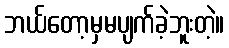
ဘယ်တော့မှမပျက်ခဲ့ဘူးတဲ့။